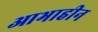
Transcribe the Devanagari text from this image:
आभाहीन